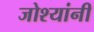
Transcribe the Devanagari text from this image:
जोश्यांनी